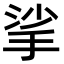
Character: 挲